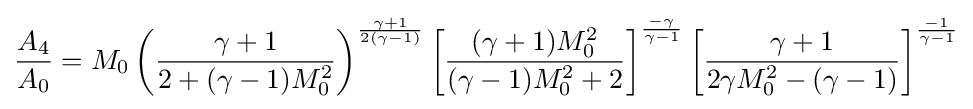
{\frac {A_{4}}{A_{0}}}=M_{0}\left({\frac {\gamma +1}{2+(\gamma -1)M_{0}^{2}}}\right)^{\frac {\gamma +1}{2(\gamma -1)}}\left[{\frac {(\gamma +1)M_{0}^{2}}{(\gamma -1)M_{0}^{2}+2}}\right]^{\frac {-\gamma }{\gamma -1}}\left[{\frac {\gamma +1}{2\gamma M_{0}^{2}-(\gamma -1)}}\right]^{\frac {-1}{\gamma -1}}